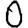
Digit: 0